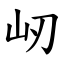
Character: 屻